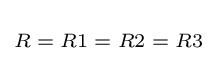
\scriptstyle R\;=\;R1\;=\;R2\;=\;R3